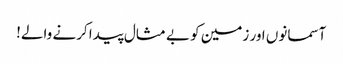
آسمانوں اور زمین کو بے مثال پیدا کرنے والے!